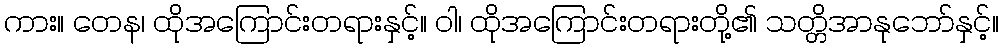
ကား။ တေန၊ ထိုအကြောင်းတရားနှင့်။ ဝါ၊ ထိုအကြောင်းတရားတို့၏ သတ္တိအာနုဘော်နှင့်။